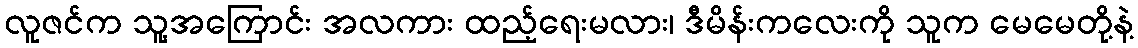
လူဇင်က သူ့အကြောင်း အလကား ထည့်ရေးမလား၊ ဒီမိန်းကလေးကို သူက မေမေတို့နဲ့